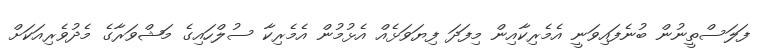
ފަލަސްތީނުން ބުނެފައިވަނީ އެމެރިކާއިން މިފަދަ ފިޔަވަޅެއް އެޅުމުން އެމެރިކާ ސުލްހައިގެ މަޝްވަރާގެ މެދުވެރިއަކަށް